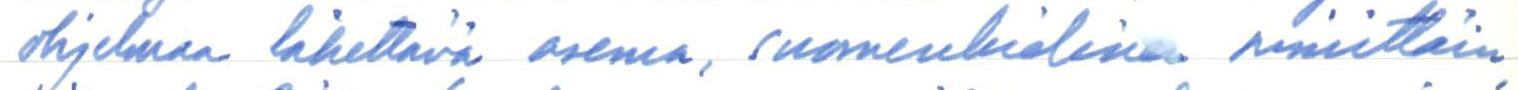
ohjelmaa lähettävä asema, suomenkielinen nimittäin,